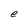
Character: e